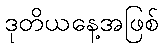
ဒုတိယနေ့အဖြစ်